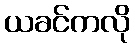
ယခင်ကလို